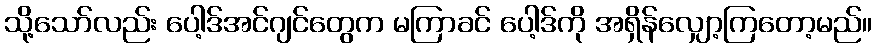
သို့သော်လည်း ပေါ့ဒ်အင်ဂျင်တွေက မကြာခင် ပေါ့ဒ်ကို အရှိန်လျှော့ကြတော့မည်။